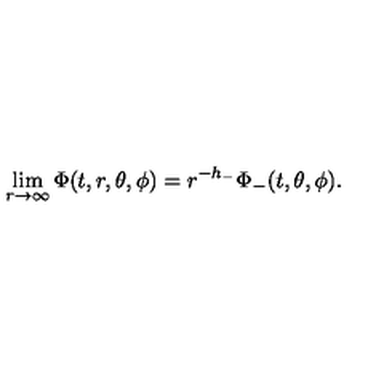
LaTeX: \lim _ { r \rightarrow \infty } \Phi ( t , r , \theta , \phi ) = r ^ { - h _ { - } } \Phi _ { - } ( t , \theta , \phi ) .